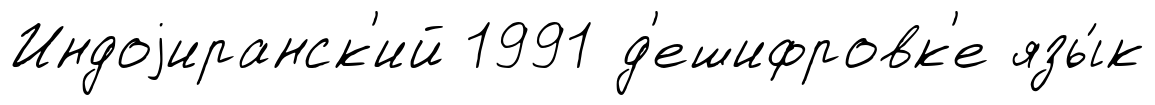
Индоjиранск'ий 1991 д'ешифровк'е язы́к